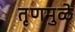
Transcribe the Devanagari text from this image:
तृणमुळे